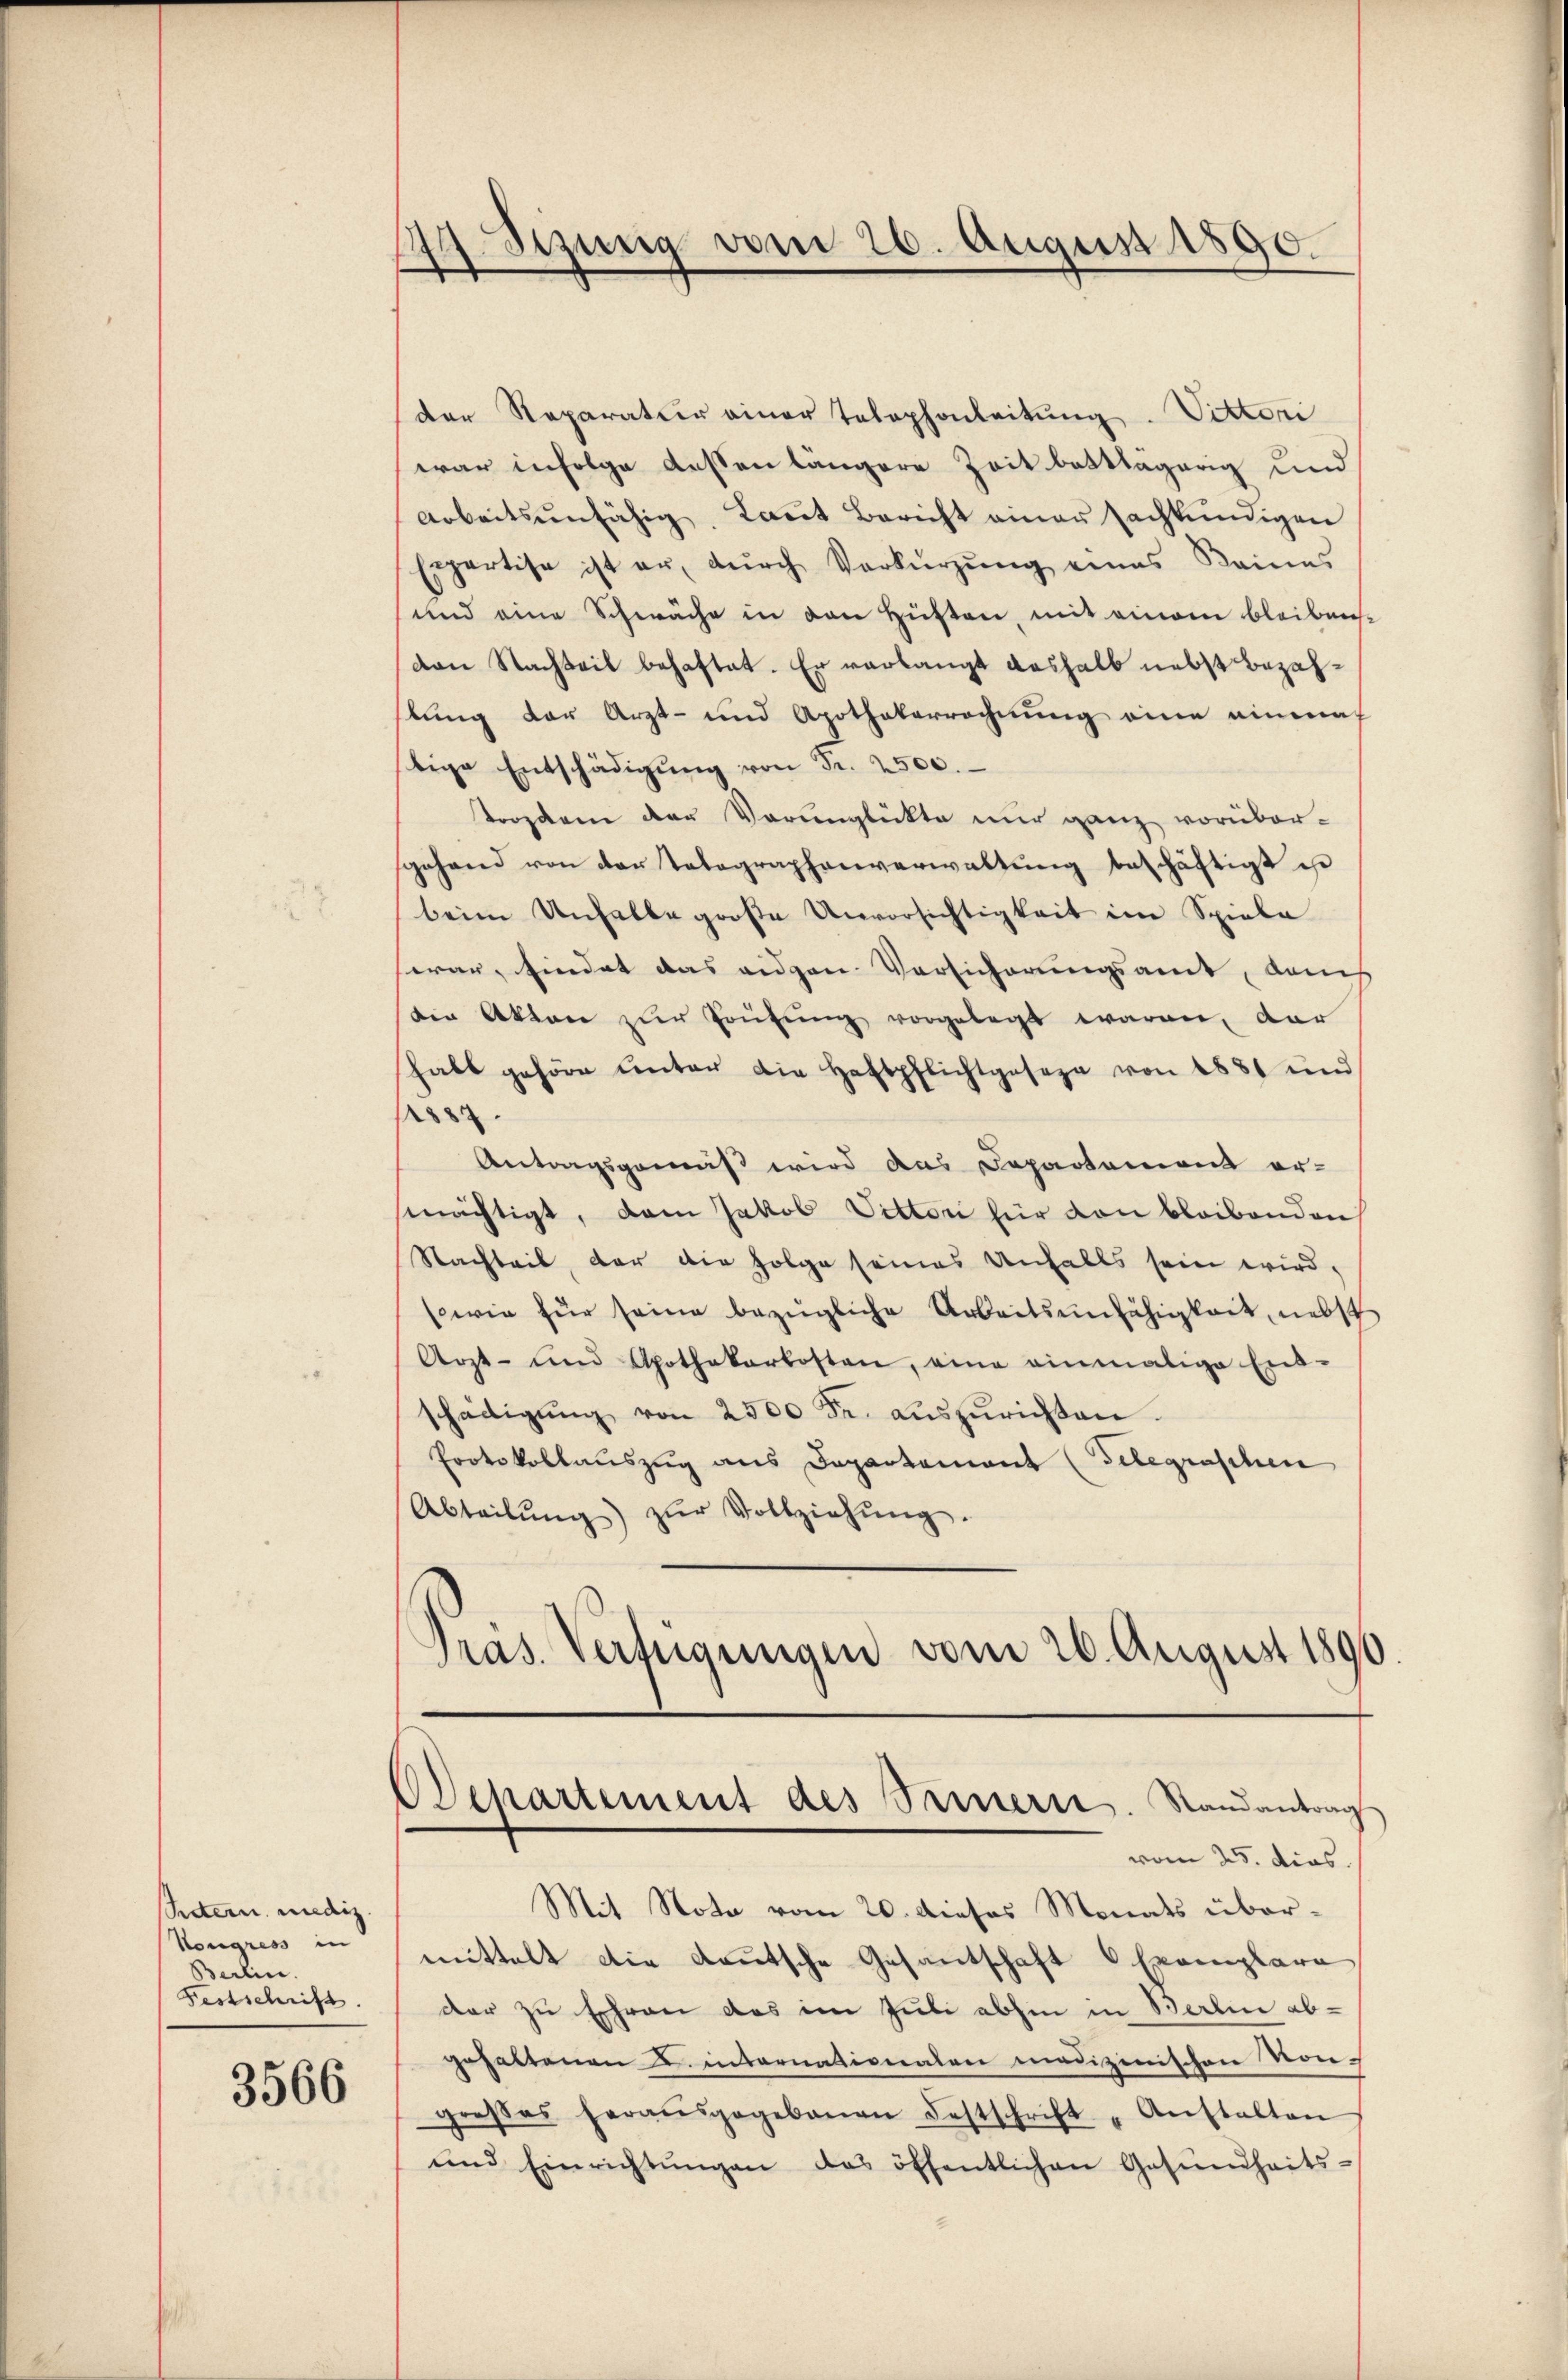
Retern mediz
Kongress in
Berlin.
Festschrift.

3566

14. Sizung vom 26. August 1890.
.

der Reparatur einer Telephonleitung. Vittori
war infolge dessen längere Zeit battlagung und
Arbeitsunfähig, kaṅt Bericht einer sachkundigen
Expertise ist er, dŭrch Verkürzung eines Keines
und eine Schwäche in den Hüften, mit einem bleibenvon Nachteil behaftet. Er verlangt deshalb nebst Bezahlung der Arzt- und Apothekerrechnung eine einmal
tige Entschädigŭng von Fr. 2500.
Tropfen der Voranglückte nur ganz vorübersgehand von der Telegraphenverwaltŭng beschäftigt es
beim Unselbe große Unvorsichtigkeit im Spiele
war, findet das eidgen. Versicherungsamt, dans
die Akten zur Prüfung vorgelegt waren, dar
habt gehöre ŭnter die Haftpflichtgeseze von 1881 und
.
Antragsgemäß wird das Departement er-
mächtigt, dem Jakob Vetteri für von bleibenden
Stachteil, der die Folge seines Unfalls sein wird,
sowie für seine bezügliche Arbeitsunfähigkeit, nebst
Arzt- und Apothekarkosten, eine einmalige Ent-
schädigŭng von 2500 Fr. aŭszŭrichten.
Protokollauszug aus Departement (Telegraschen
Abteilŭng zŭr Vollziehŭng.
Präs. Verfügungen vom 26. August 1890.

OSchartement des Ternern. Randantrag
vom 25. dies

Mit Nota vom 20. dieses Monats übermittelt die Lautsche Gesantschaft Exemplara
dar zu Ehren das im Juli abhin in Berlin abgehaltenen u. internationalen medizinischen Vor-
groβes herausgegebenen Festschrift „Anstalten
ŭnd Einrichtŭngen das öffentlichen Gesŭndheits-